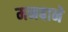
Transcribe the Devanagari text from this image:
मनबाने